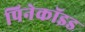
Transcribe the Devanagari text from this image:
पिनेकॉइड